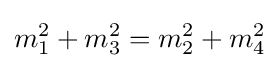
m_{1}^{2}+m_{3}^{2}=m_{2}^{2}+m_{4}^{2}